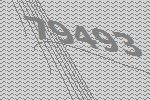
79493